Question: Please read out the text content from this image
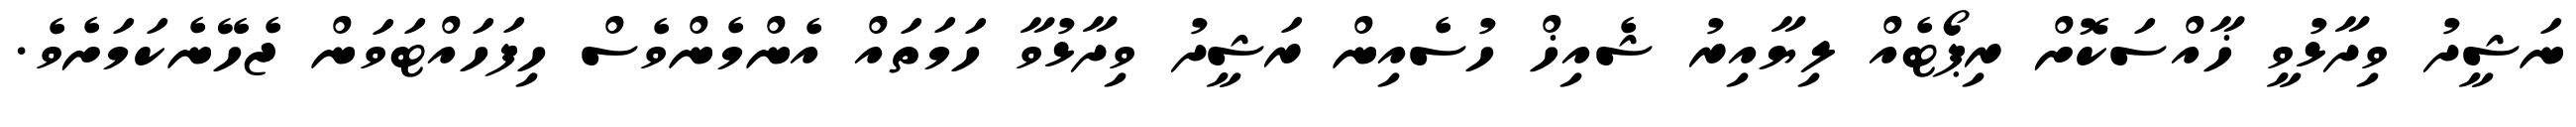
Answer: ނަޝީދު ވިދާޅުވީ ޚާއްސަކޮށް ރިޕޯޓެއް ލިޔާއިރު ޝެއިޚް ހުސެއިން ރަޝީދު ވިދާޅުވާ ހަމަތައް އެންމެންވެސް ހިފަހައްޓަވަން ޖެހޭނެކަމަށެވެ.